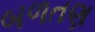
બળતણ